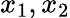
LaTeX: x_{1},x_{2}